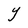
Character: Y